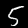
Digit: 5